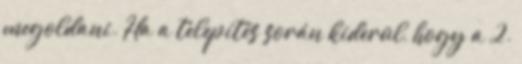
megoldani. Ha a telepítés során kiderül, hogy a 2.